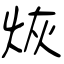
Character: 烣